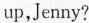
up,Jenny?